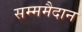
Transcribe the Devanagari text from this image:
सम्ममैदान